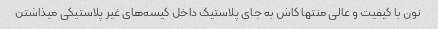
نون با کیفیت و عالی منتها کاش به جای پلاستیک داخل کیسه‌های غیر پلاستیکی میذاشتن